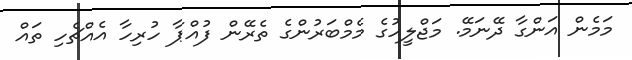
މަމެން އަންގާ ދޭނަމޭ. މަޖްލީހުގެ މެމްބަރުންގެ ތެރޭން ފުއްޕާ ހުރިހާ އެއްޗެހި ތައް